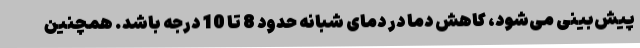
پیش‌بینی می‌شود، کاهش دما در دمای شبانه حدود 8 تا 10 درجه باشد. همچنین